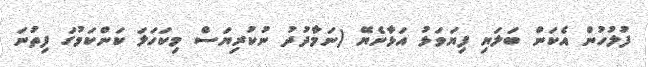
ފުލުހުން އެކަން ބަލަޔި ފިޔަވަޅު އަޅާނެޔޭ (ނަމާދުދު ނުކުރިޔަސް މިކަހަލަ ކަންކަމުގަ ފިތުނަ